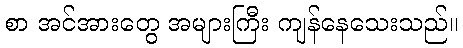
စာ အင်အားတွေ အများကြီး ကျန်နေသေးသည်။